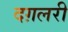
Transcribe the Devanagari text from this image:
दग़लरी